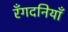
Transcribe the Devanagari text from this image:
रँगदनियाँ